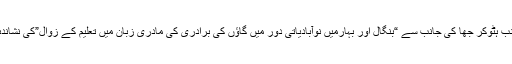
دوسری جانب ہٹوکر جھا کی جانب سے “بنگال اور بہارمیں نوآبادیاتی دور میں گاؤں کی برادری کی مادری زبان میں تعلیم کے زوال”کی نشاندہی کی گئی۔